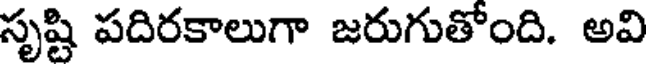
సృష్టి పదిరకాలుగా జరుగుతోంది. అవి